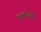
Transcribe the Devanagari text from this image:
पबंधियों